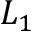
L _ { 1 }